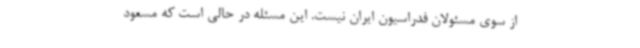
از سوی مسئولان فدراسیون ایران نیست. این مسئله در حالی است که مسعود